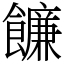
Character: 䭠